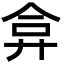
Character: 弇